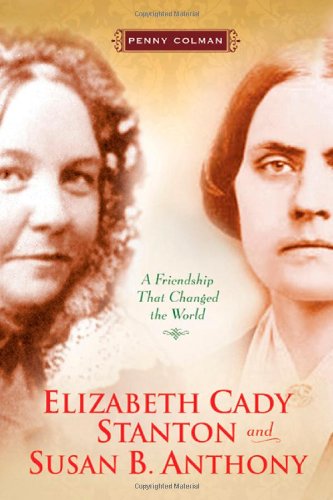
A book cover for Elizabeth Cady Stanton and Susan B. Anthony: A Friendship That Changed the World; Penny Colman; Teen & Young Adult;